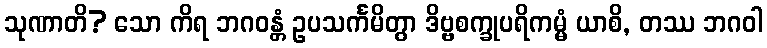
သုဏာတိ? သော ကိရ ဘဂဝန္တံ ဥပသင်္ကမိတွာ ဒိဗ္ဗစက္ခုပရိကမ္မံ ယာစိ, တဿ ဘဂဝါ